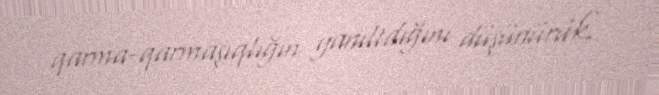
qarma-qarmaşıqlığın yanıltdığını düşünürük.